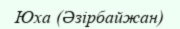
Юха (Әзірбайжан)